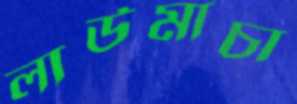
লাউমাচা